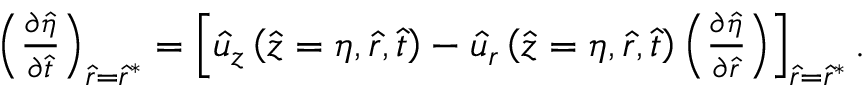
\begin{array} { r } { \left( \frac { \partial \hat { \eta } } { \partial \hat { t } } \right) _ { \hat { r } = \hat { r } ^ { * } } = \left[ \hat { u } _ { z } \left( \hat { z } = \eta , \hat { r } , \hat { t } \right) - \hat { u } _ { r } \left( \hat { z } = \eta , \hat { r } , \hat { t } \right) \left( \frac { \partial \hat { \eta } } { \partial \hat { r } } \right) \right] _ { \hat { r } = \hat { r } ^ { * } } . } \end{array}